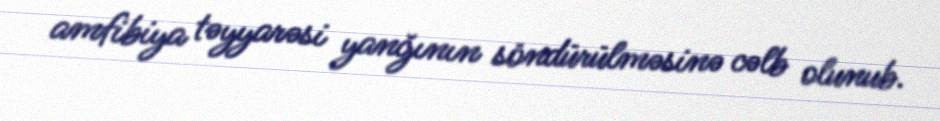
amfibiya təyyarəsi yanğının söndürülməsinə cəlb olunub.